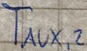
Text: TAUX,2